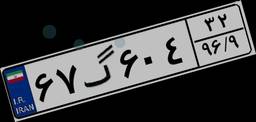
۰۳گ۵۲۷۱۶